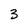
Character: 3